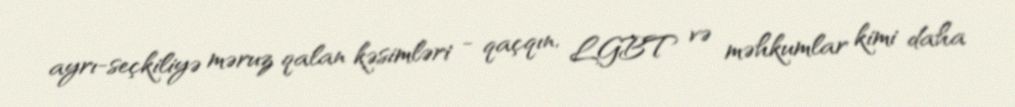
ayrı-seçkiliyə məruz qalan kəsimləri - qaçqın, LGBT və məhkumlar kimi daha